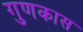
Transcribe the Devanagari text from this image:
गुणकास